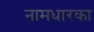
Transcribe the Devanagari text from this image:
नामधारका